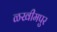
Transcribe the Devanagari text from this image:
ळखीमपुर